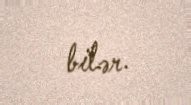
bilər.